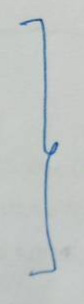
}